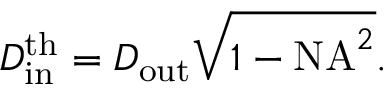
D _ { \mathrm { i n } } ^ { \mathrm { t h } } = D _ { \mathrm { o u t } } \sqrt { 1 - \mathrm { N A } ^ { 2 } } .